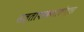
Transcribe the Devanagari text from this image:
सत्तापरकलोकोत्तर